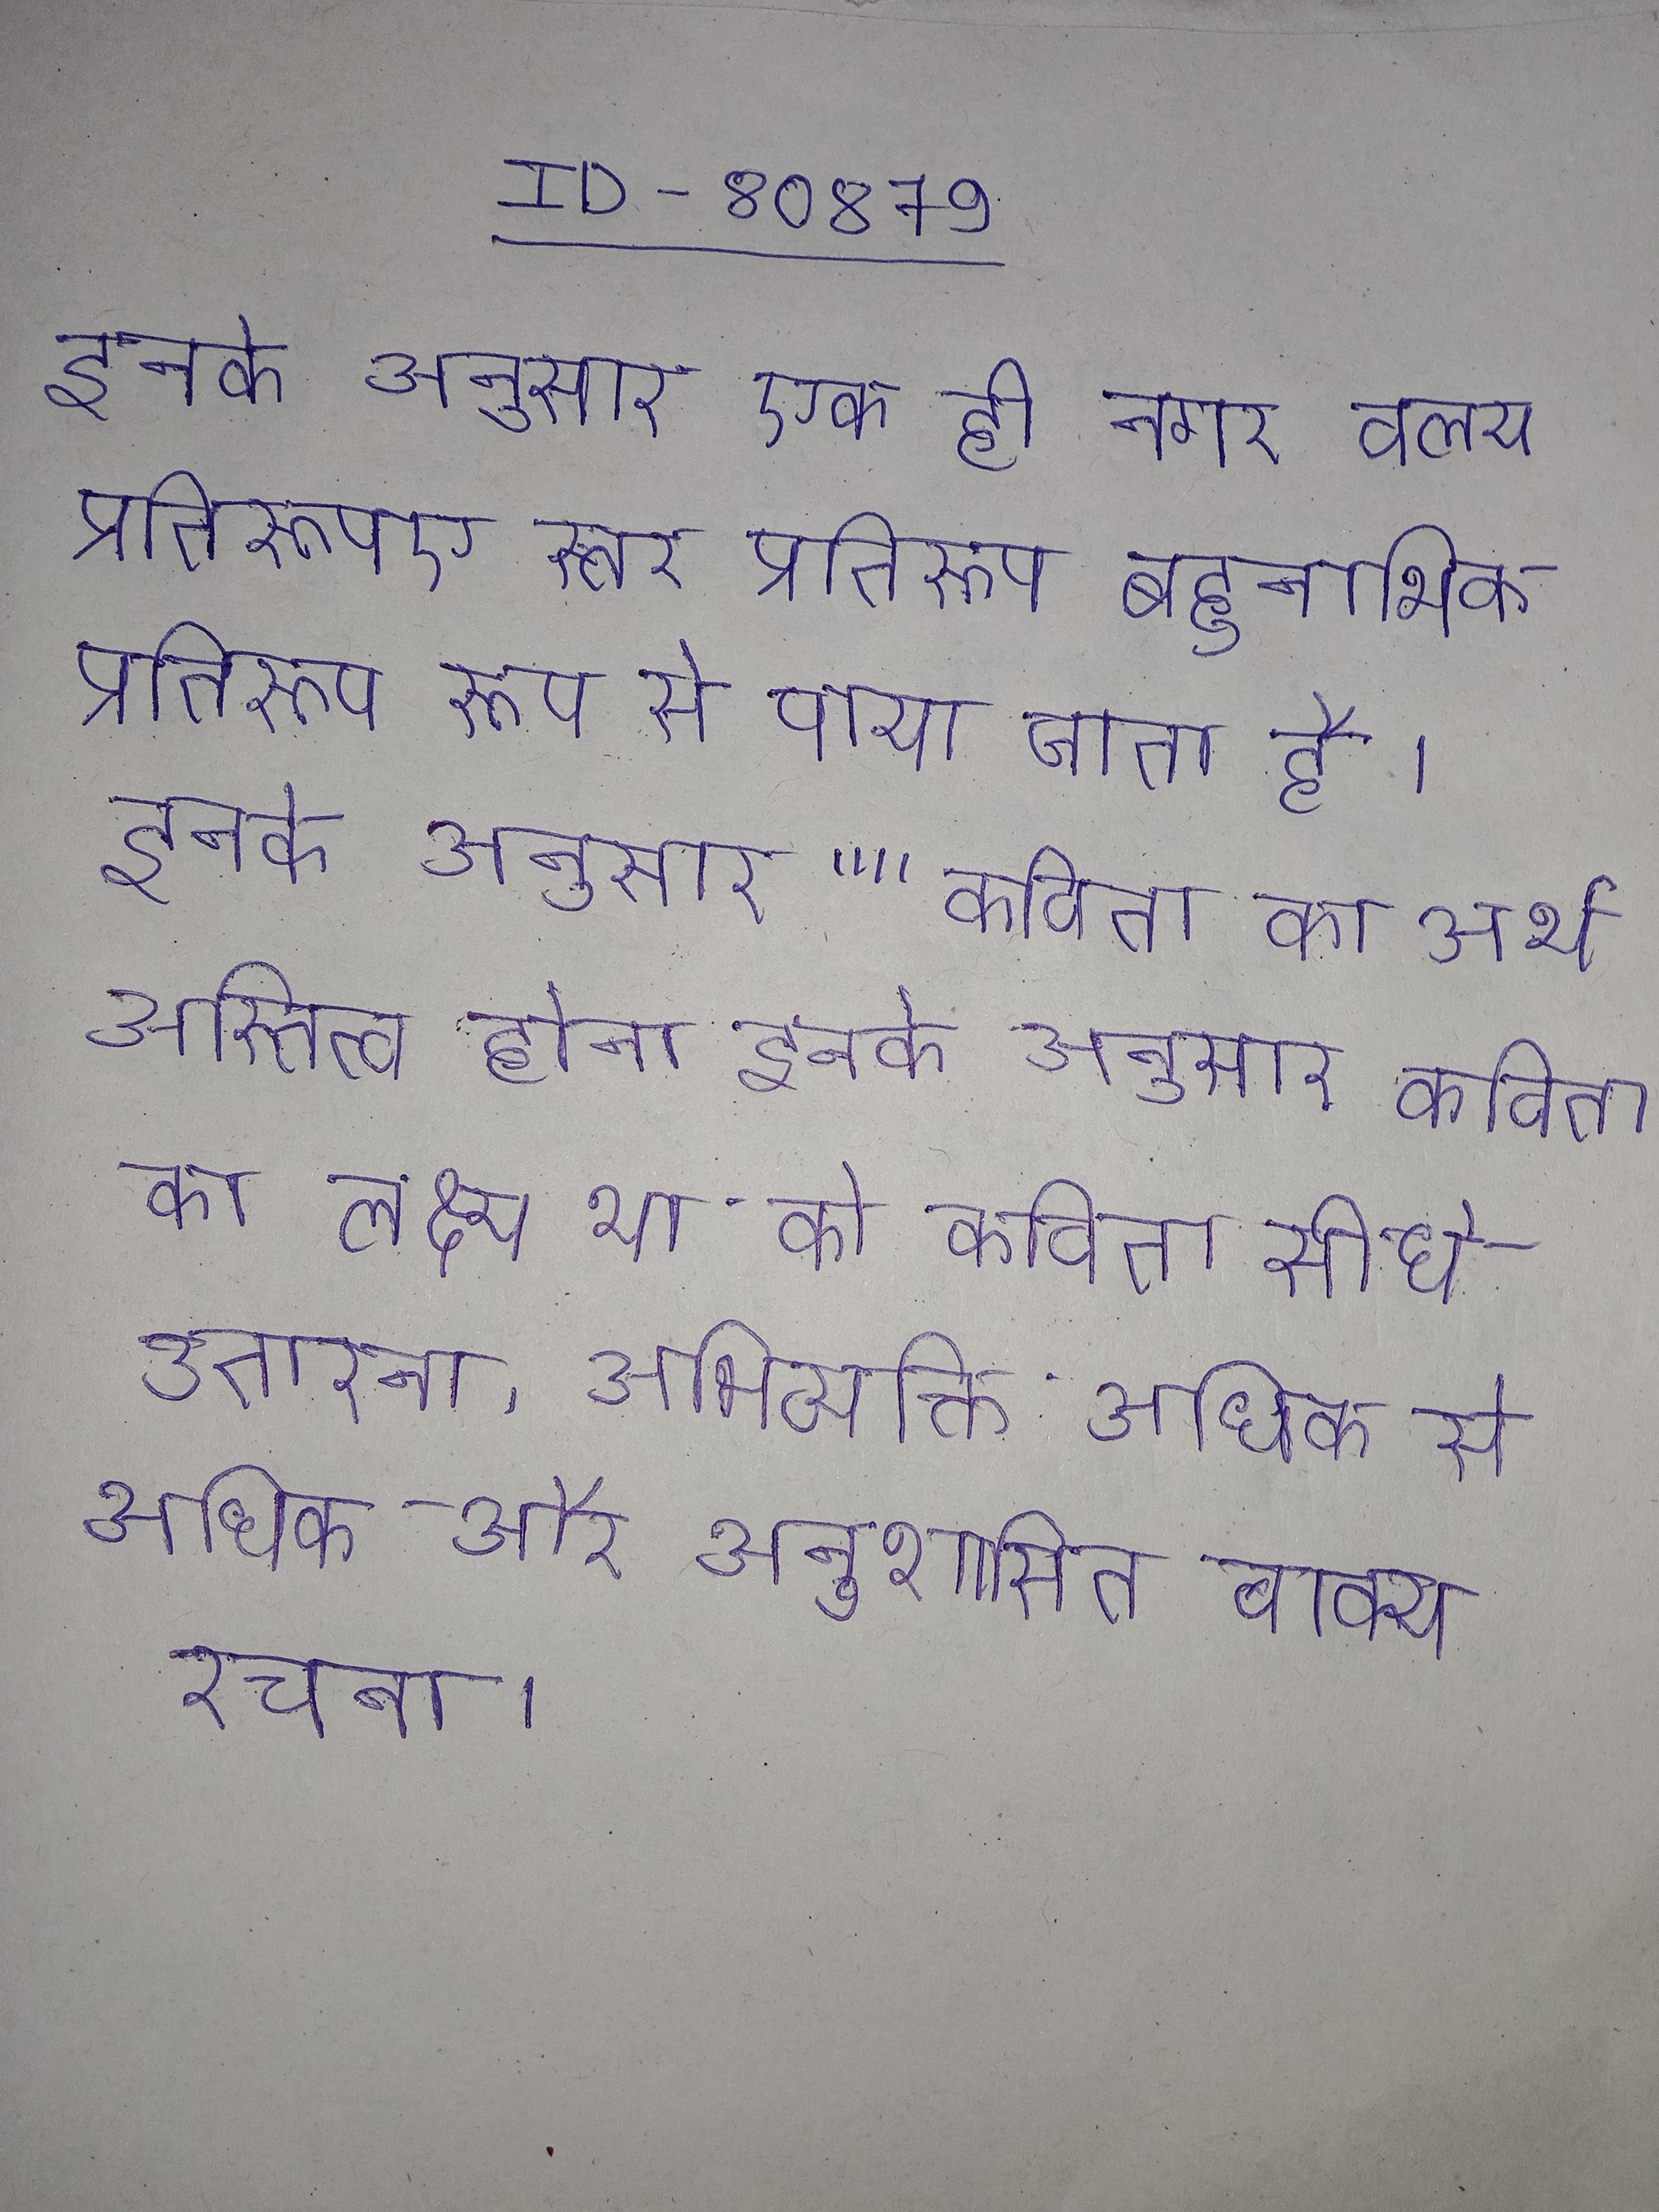
इनके अनुसार एक ही नगर वलय प्रतिरूपए स्तर प्रतिरूप बहुनाभिक प्रतिरूप रूप से पाया जाता है । इनके अनुसार ""कविता का अर्थ अस्तित्व होना इनके अनुसार कविता का लक्ष्य था को कविता सीधे उतारना, अभिव्यक्ति अधिक से अधिक और अनुशासित वाक्य रचना ।